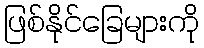
ဖြစ်နိုင်ခြေများကို